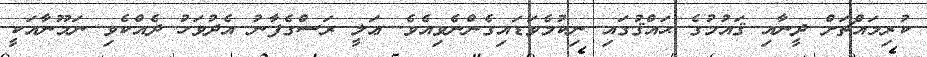
ކުރިމައްޗަށް ދީނާއި ޤައުމުގެ ޙައްޤުގައި ނިކުމެވަޑައިގެންނެވިއެވެ. ޢަލީ ރަސްގެފާނު އެދުވަހު ދެއްކެވި ނަމޫނާއަކީ